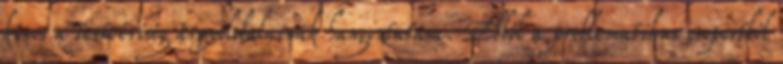
kínos a testvériség árnyoldalainak hangoztatása. Ebből a problematikus csoportból